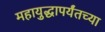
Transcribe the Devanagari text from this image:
महायुद्धापर्यंतच्या